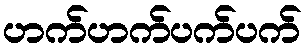
ဟက်ဟက်ပက်ပက်